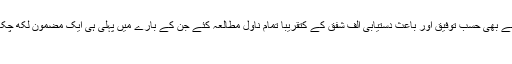
میں نے بھی حسبِ توفیق اور باعثِ دستیابی الف شفق کے کتقریبا تمام ناول مطالعہ کئے جن کے بارے میں پہلی ہی ایک مضمون لکھ چکا ہوں
۔